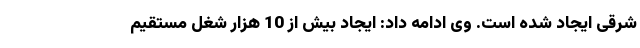
شرقی ایجاد شده است. وی ادامه داد: ایجاد بیش از 10 هزار شغل مستقیم